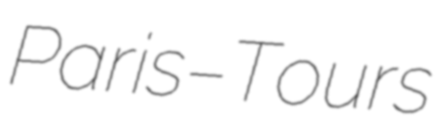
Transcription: Paris–Tours